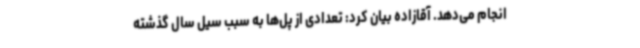
انجام می‌دهد. آقازاده بیان کرد: تعدادی از پل‌ها به سبب سیل سال گذشته